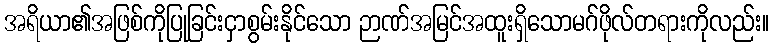
အရိယာ၏အဖြစ်ကိုပြုခြင်းငှာစွမ်းနိုင်သော ဉာဏ်အမြင်အထူးရှိသောမဂ်ဖိုလ်တရားကိုလည်း။